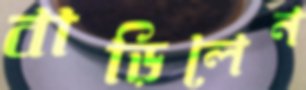
বাড়িলেন